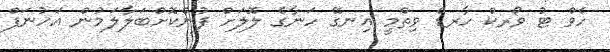
ހެވް ޓު ވޯރކް ހާރޑް ވިތްމީ އިނގޭ ހަނާގެ ލޮލަށް ފުންކޮށްބަލާލަމުން އަހުނަފް